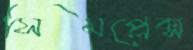
সিমপ্লেক্স